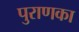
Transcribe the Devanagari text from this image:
पुराणका